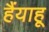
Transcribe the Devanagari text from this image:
हैंयाहू